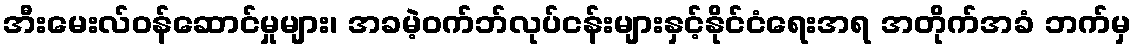
အီးမေးလ်ဝန်ဆောင်မှုများ၊ အခမဲ့ဝက်ဘ်လုပ်ငန်းများနှင့်နိုင်ငံရေးအရ အတိုက်အခံ ဘက်မှ